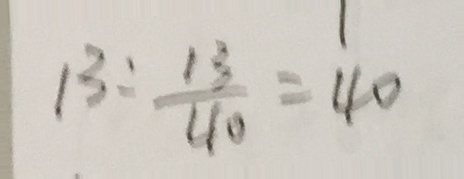
1 3 : \frac { 1 3 } { 4 0 } = 4 0